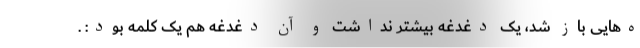
ه‌هایی باز شد، یک دغدغه بیشتر نداشت و آن دغدغه هم یک کلمه بود: .